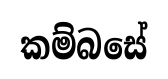
කම්බසේ